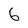
Character: 6